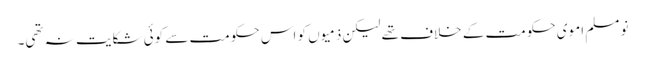
نو مسلم اموی حکومت کے خلاف تھے لیکن ذمیوں کو اس حکومت سے کوئی شکایت نہ تھی۔